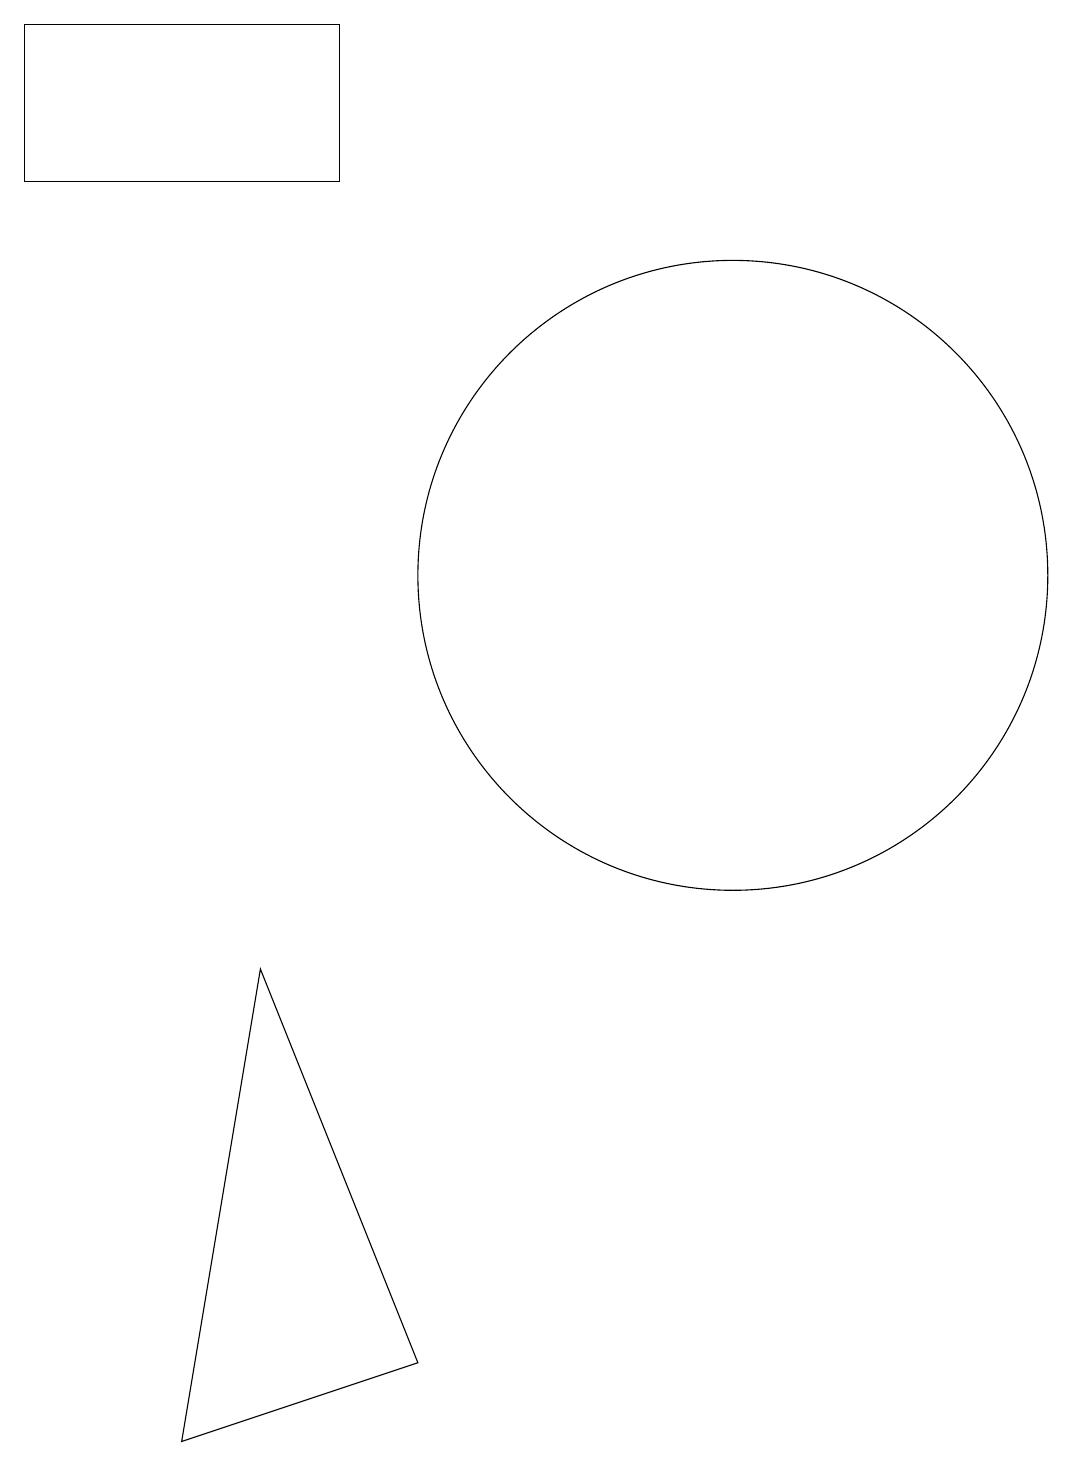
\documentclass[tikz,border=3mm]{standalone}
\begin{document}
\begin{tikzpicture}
\draw (7,2) -- (4,1) -- (5,7) -- cycle;
\draw (2,17) rectangle (6,19);
\draw (11,12) circle (4);
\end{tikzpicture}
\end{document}